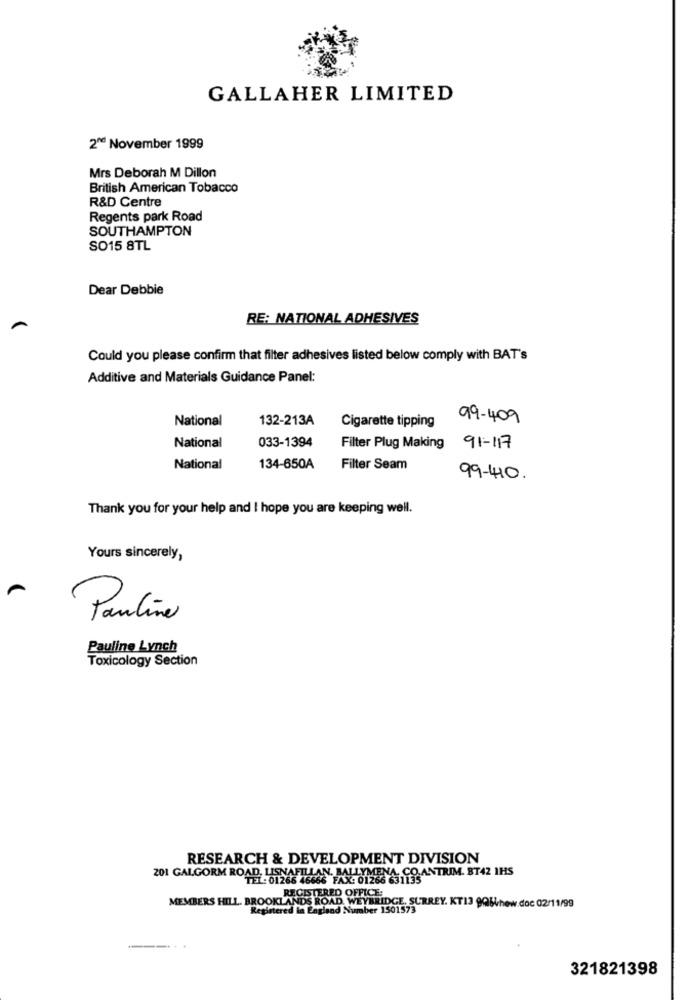
GALLAHER LIMITED
2º November 1999
Mrs Deborah M Dillon
British American Tobacco
R&D Centre
Regents park Road
SOUTHAMPTON
SO15 8TL
Dear Debbie
RE: NATIONAL ADHESIVES
Could you please confirm that filter adhesives listed below comply with BAT's
Additive and Materials Guidance Panel:
National
132-213A
Cigarette tipping
99-409
National
033-1394
Filter Plug Making 91-117
National
134-650A
Filter Seam
99-410.
Thank you for your help and I hope you are keeping well.
Yours sincerely,
Pauline
aline
Pauline Lynch
Toxicology Section
RESEARCH & DEVELOPMENT DIVISION
201 GALGORM ROAD, LISNAFILLAN, BALLYMENA, CO.ANTRIM. ST42 1HS
TEL:01266 46666 FAX: 01266 631135
REGISTERED OFFICE:
MEMBERS HILL. BROOKLANDS ROAD, WEYBRIDGE, SURREY. KT13 9QWhew.doc 02/11/99
Registered in England Number 1501573
321821398